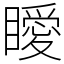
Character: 瞹